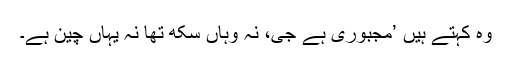
وہ کہتے ہیں ’مجبوری ہے جی، نہ وہاں سُکھ تھا نہ یہاں چین ہے۔